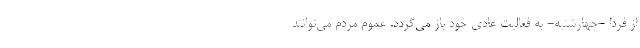
از فردا -چهارشنبه- به فعالیت عادی خود باز می‌گردد. عموم مردم می‌توانند